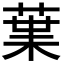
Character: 𮏩